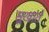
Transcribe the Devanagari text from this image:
सूखाते